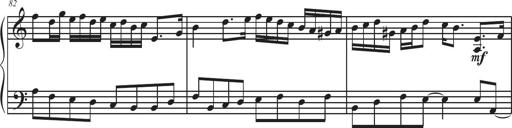
Title: Sonatina Espania
Composer: Jerald Franklin Archer
Key: Various